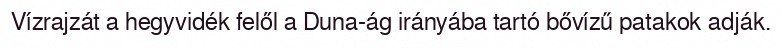
Vízrajzát a hegyvidék felől a Duna-ág irányába tartó bővízű patakok adják.